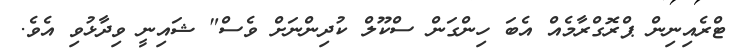
ޓްރެއިނިން ޕްރޮގްރާމެއް އެބަ ހިންގަން ސްކޫލް ކުދިންނަށް ވެސް" ޝައިނީ ވިދާޅުވި އެވެ.